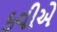
કવીએ